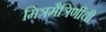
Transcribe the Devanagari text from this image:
मित्रमैत्रिणींची